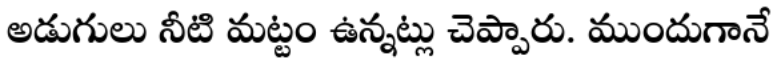
అడుగులు నీటి మట్టం ఉన్నట్లు చెప్పారు. ముందుగానే